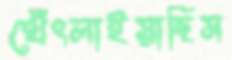
থেঁৎলাইয়াছিস